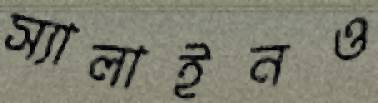
স্যালাইনও